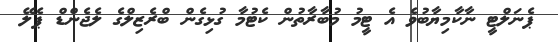
ޕެނަލްޓީ ނާކާމިޔާބުވެ އެ ޓީމު މުބާރާތުން ކެޓުމާ ގުޅިގެން ބްރެޒިލްގެ ލެޖެންޑް ޕެލޭ